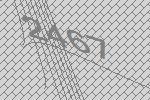
2467